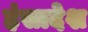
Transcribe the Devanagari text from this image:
हंसादेश